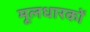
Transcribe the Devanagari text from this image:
मूलधारकों